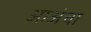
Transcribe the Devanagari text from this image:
आअंचा